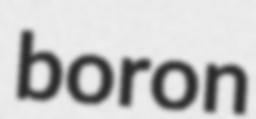
boron